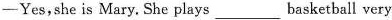
-Yes,she is Mary. She plays ___ basketball very